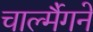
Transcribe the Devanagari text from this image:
चार्ल्मैगने